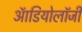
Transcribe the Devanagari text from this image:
ऑडियोलॉजी